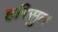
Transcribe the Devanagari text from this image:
हरिसुत